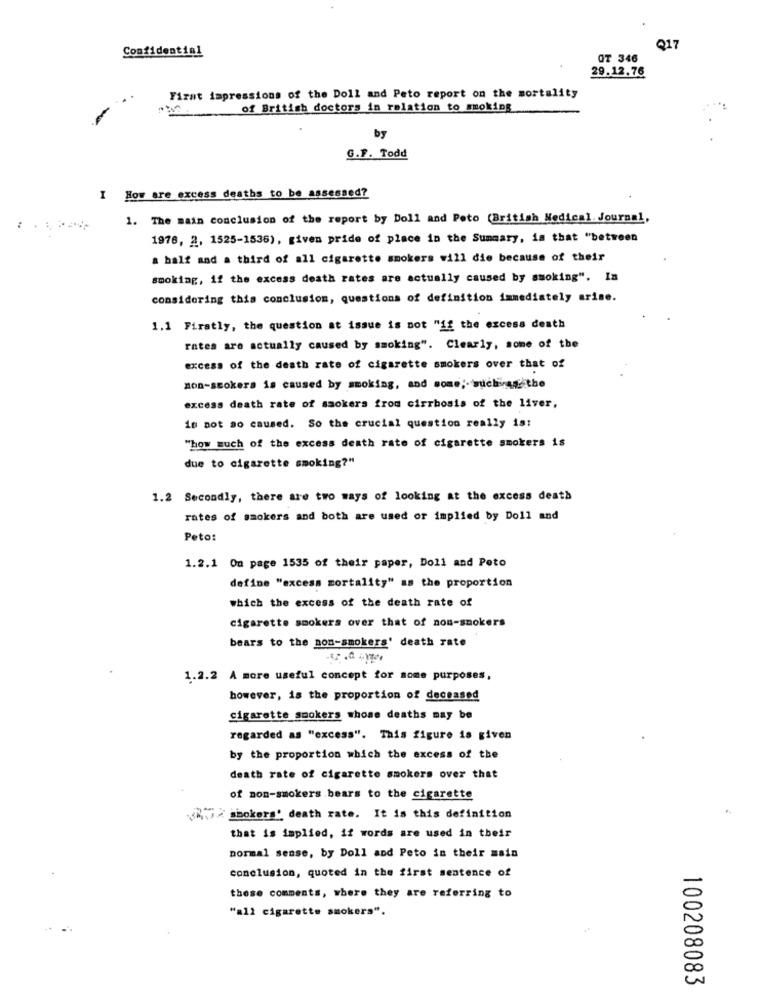
Confidential
Q17
OT 346
29.12.76
Firat impressions of the Doll and Peto report on the mortality
of British doctors in relation to smoking
by
G.F. Todd
I How are excess deaths to be assessed?
1. The main conclusion of the report by Doll and Peto (British Medical Journal,
1976, 2, 1525-1536), given pride of place in the Summary, is that "between
a half and a third of all cigarette smokers will die because of their
smoking, if the excess death rates are actually caused by smoking". In
considering this conclusion, questions of definition immediately arise.
1.1 Firatly, the question at issue is not "if the excess death
rates are actually caused by smoking". Clearly, some of the
excess of the death rate of cigarette smokers over that of
non-smokers is caused by smoking, and some ;- such as the
excess death rate of smokers from cirrhosis of the liver,
is not ao caused. So the crucial question really is:
"how much of the excess death rate of cigarette smokers is
due to cigarette smoking?"
1.2 Secondly, there are two ways of looking at the excess death
rates of smokers and both are used or implied by Doll and
Peto:
1.2.1 On page 1535 of their paper, Doll and Peto
define "excess mortality" as the proportion
which the excess of the death rate of
cigarette smokers over that of non-smokers
bears to the non-smokers' death rate
1.2.2 A more useful concept for some purposes,
however, is the proportion of deceased
cigarette smokers whose deaths may be
regarded as "excess". This figure is given
by the proportion which the excess of the
death rate of cigarette smokers over that
of non-smokers bears to the cigarette
(MA smokers' death rate. It is this definition
that is implied, if words are used in their
normal sense, by Doll and Peto in their main
conclusion, quoted in the first sentence of
these comments, where they are referring to
"all cigarette smokers".
100208083